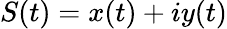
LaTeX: S(t)=x(t)+iy(t)